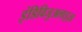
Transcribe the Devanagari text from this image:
इंडिविजुअलाइज़्ड